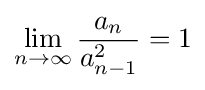
\lim _{n\rightarrow \infty }{\frac {a_{n}}{a_{n-1}^{2}}}=1